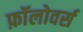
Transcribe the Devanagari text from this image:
फ़ॉलोवर्स